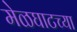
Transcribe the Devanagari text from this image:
मेळघाटच्या